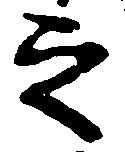
之